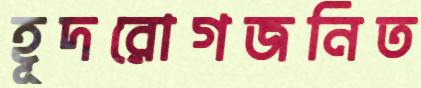
হূদরোগজনিত